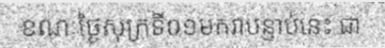
ខណៈថ្ងៃសុក្រទី០១មករាបន្ទាប់នេះ ជា